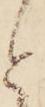
と